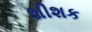
શીશક